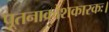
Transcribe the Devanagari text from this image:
पूतनाक्रोशकारकः।